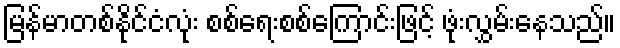
မြန်မာတစ်နိုင်ငံလုံး စစ်ရေးစစ်ကြောင်းဖြင့် ဖုံးလွှမ်းနေသည်။